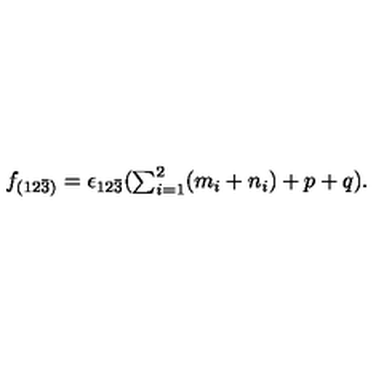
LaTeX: \begin{array} { l c r } { f _ { ( 1 2 \bar { 3 } ) } = \epsilon _ { 1 2 \bar { 3 } } ( { \sum _ { i = 1 } ^ { 2 } ( m _ { i } + n _ { i } ) } + p + q ) . } \\ \end{array}